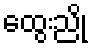
ထွေးညို